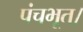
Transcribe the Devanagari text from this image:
पंचभूत।